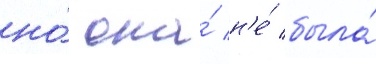
но́ она́ н'е́ была́